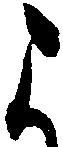
よ